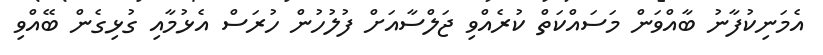
އެމަނިކުފާނު ބާއްވަން މަސައްކަތް ކުރެއްވި ޖަލްސާއަށް ފުލުހުން ހުރަސް އެޅުމާއި ގުޅިގެން ބޭއްވި